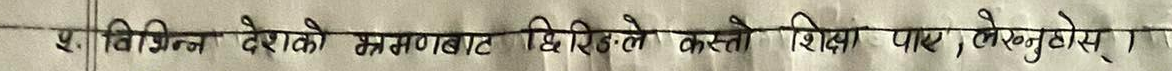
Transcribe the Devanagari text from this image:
१. विभिन्न देशको भ्रमणबाट धिरजले कस्तो शिक्षा पाए ? (लेख्नुहोस्)